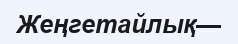
Жеңгетайлық—